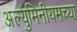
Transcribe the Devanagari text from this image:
अल्युमिनीयमच्या